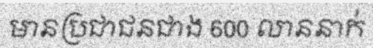
មានប្រជាជនជាង 600 លាននាក់